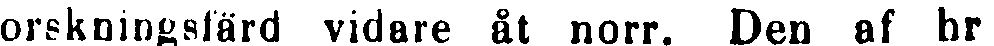
orskningsfärd vidare åt norr. Den af hr